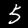
Label: 5